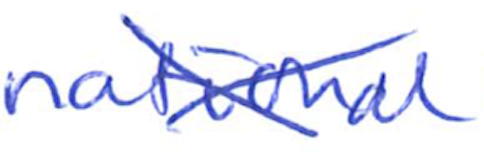
Text: national
Cross-out: mix
Writing tool: ballpoint